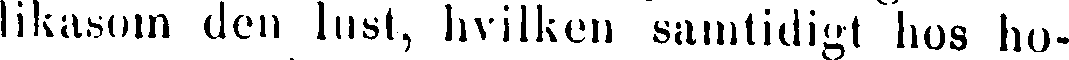
likasom den lust, hvilken samtidigt hos ho-